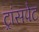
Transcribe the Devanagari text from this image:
ट्रांसपेट